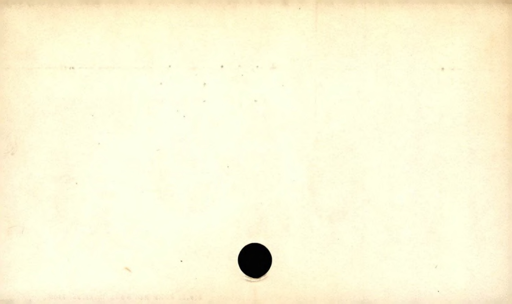
Label: blank